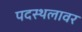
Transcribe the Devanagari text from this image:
पदस्थलावर